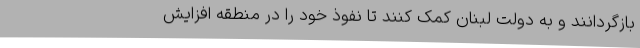
بازگردانند و به دولت لبنان کمک کنند تا نفوذ خود را در منطقه افزایش